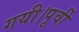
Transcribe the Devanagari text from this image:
गयी।पूर्वी